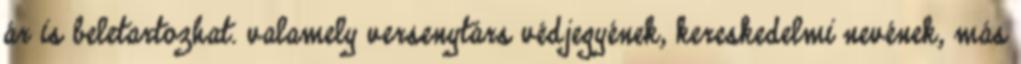
ár is beletartozhat. valamely versenytárs védjegyének, kereskedelmi nevének, más